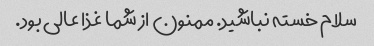
سلام خسته نباشید. ممنون از شما غذا عالی بود.